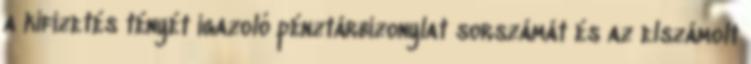
a kifizetés tényét igazoló pénztárbizonylat sorszámát és az elszámolt